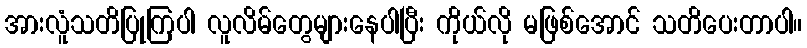
အားလူံသတိပြုကြပါ လူလိမ်တွေများနေပါပြီး ကိုယ်လို မဖြစ်အောင် သတိပေးတာပါ။